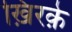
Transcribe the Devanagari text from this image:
ख़िरक़े